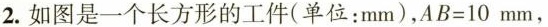
2.如图是一个长方形的工件(单位：mm)，$$AB=10mm$$，